画像に写った文字を読んでください
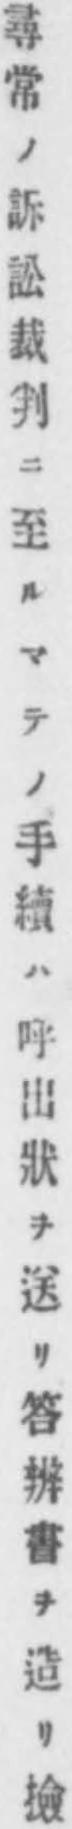
「尋常ノ訴訟裁判ニ至ルマテノ手續ハ呼出狀ヲ送リ答辨書ヲ造リ撿」と書いてあります